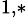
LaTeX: ^{1,*}